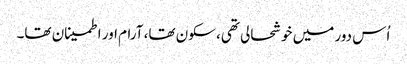
اُس دور میں خوشحالی تھی، سکون تھا، آرام اور اطمینان تھا۔